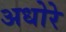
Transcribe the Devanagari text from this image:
अधोरे